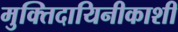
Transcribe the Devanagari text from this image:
मुक्तिदायिनीकाशी